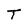
Character: T